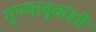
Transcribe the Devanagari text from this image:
गुण्याबुवांशी